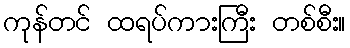
ကုန်တင် ထရပ်ကားကြီး တစ်စီး။